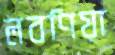
লবণিয়া